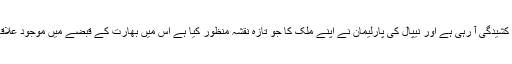
پاکستان اور چین ہی نہیں نیپال سے بھی اس کے تعلقات میں غیر معمولی کشیدگی آ رہی ہے اور نیپال کی پارلیمان نے اپنے ملک کا جو تازہ نقشہ منظور کیا ہے اس میں بھارت کے قبضے میں موجود علاقے کو نیپال کا حصہ قرار دیتے ہوئے اس پر ملکیت کا دعوی کر دیا ہے۔